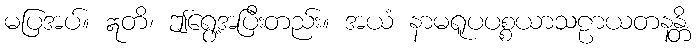
မပြအပ်။ ဣတိ၊ ဤရွေ့အပြီးတည်း။ အယံ နာမရူပပစ္စယာသဠာယတနန္တိ